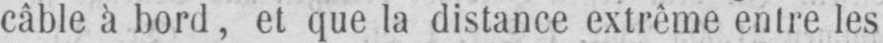
câble à bord, et que la distance extrême entre les